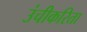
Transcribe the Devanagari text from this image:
उंचीकरिता